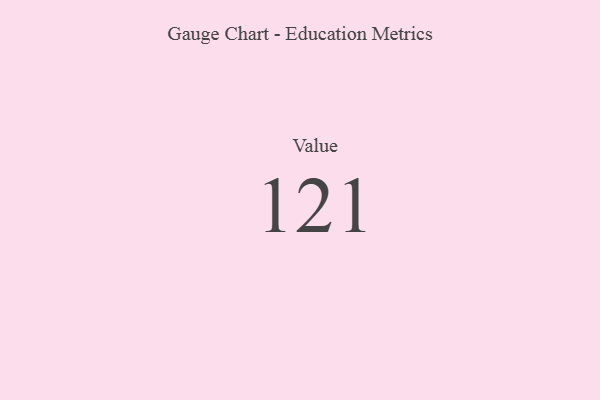
{"axis": {"x": "Metric", "y": "Value"}, "legend": [""], "data": [{"x": "Value", "y": 121, "type": ""}]}